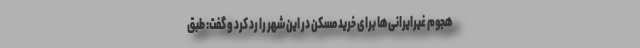
هجوم غیرایرانی‌ها برای خرید مسکن در این شهر را رد کرد و گفت: طبق